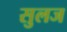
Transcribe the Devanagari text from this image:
सुलज